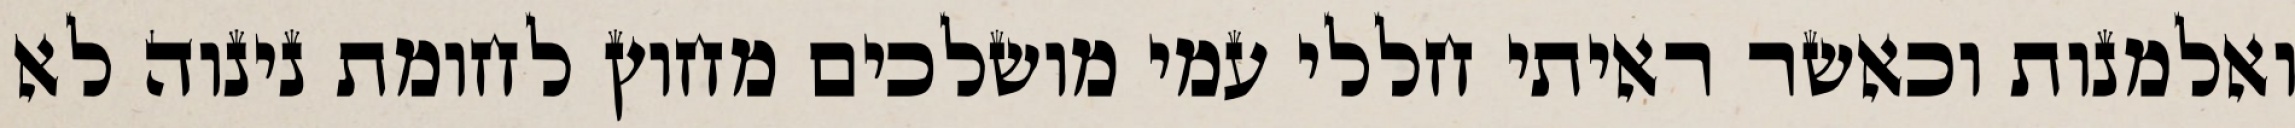
ואלמנות וכאשר ראיתי חללי עמי מושלכים מחוץ לחומת נינוה לא